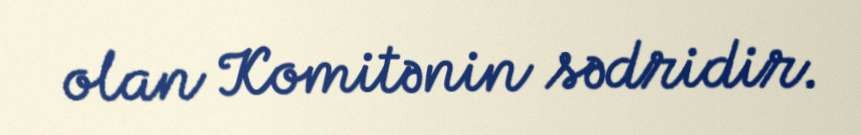
olan Komitənin sədridir.